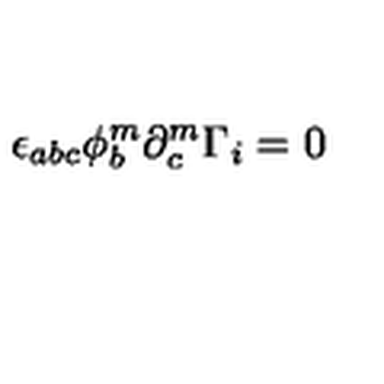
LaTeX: \epsilon _ { a b c } \phi _ { b } ^ { m } \partial _ { c } ^ { m } \Gamma _ { i } = 0